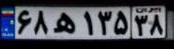
۶۸ه۱۳۵۳۸